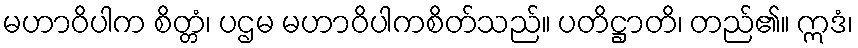
မဟာဝိပါက စိတ္တံ၊ ပဌမ မဟာဝိပါကစိတ်သည်။ ပတိဋ္ဌာတိ၊ တည်၏။ ဣဒံ၊